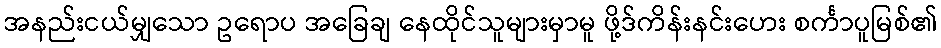
အနည်းငယ်မျှသော ဥရောပ အခြေချ နေထိုင်သူများမှာမူ ဖို့ဒ်ကိန်းနင်းဟေး စင်္ကာပူမြစ်၏